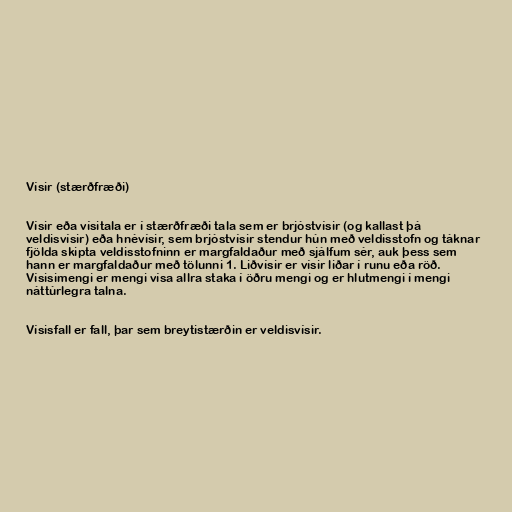
Vísir (stærðfræði)

Vísir eða vísitala er í stærðfræði tala sem er brjóstvísir (og kallast þá
veldisvísir) eða hnévísir, sem brjóstvísir stendur hún með veldisstofn og táknar
fjölda skipta veldisstofninn er margfaldaður með sjálfum sér, auk þess sem
hann er margfaldaður með tölunni 1. Liðvísir er vísir liðar í runu eða röð.
Vísisimengi er mengi vísa allra staka í öðru mengi og er hlutmengi í mengi
náttúrlegra talna.

Vísisfall er fall, þar sem breytistærðin er veldisvísir.